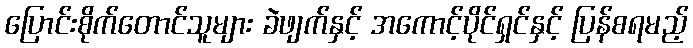
ပြောင်းစိုက်တောင်သူများ ခဲဖျက်နှင့် အကောင့်ပိုင်ရှင်နှင့် ပြန်စရမည့်